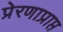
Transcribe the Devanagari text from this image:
प्रेरणाप्राप्त